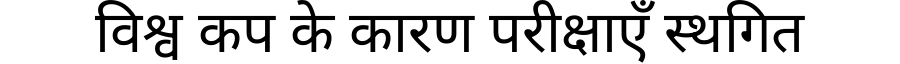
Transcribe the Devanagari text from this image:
विश्व कप के कारण परीक्षाएँ स्थगित